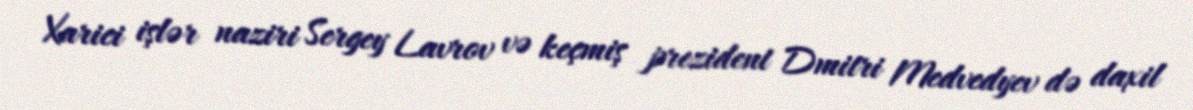
Xarici işlər naziri Sergey Lavrov və keçmiş prezident Dmitri Medvedyev də daxil